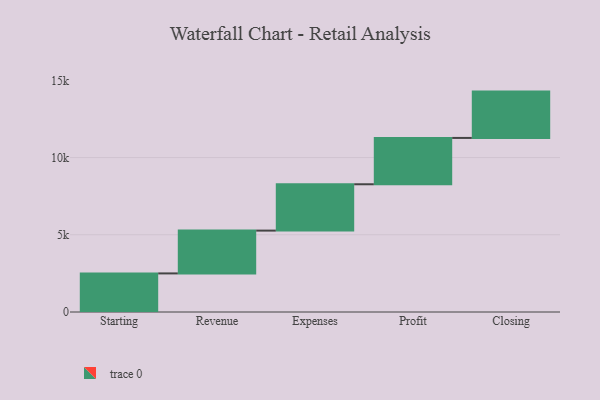
{"axis": {"x": "Step", "y": "Value"}, "legend": [""], "data": [{"x": "Starting", "y": 2499.0, "type": ""}, {"x": "Revenue", "y": 2772.0, "type": ""}, {"x": "Expenses", "y": 3000, "type": ""}, {"x": "Profit", "y": 3000, "type": ""}, {"x": "Closing", "y": 3000, "type": ""}]}